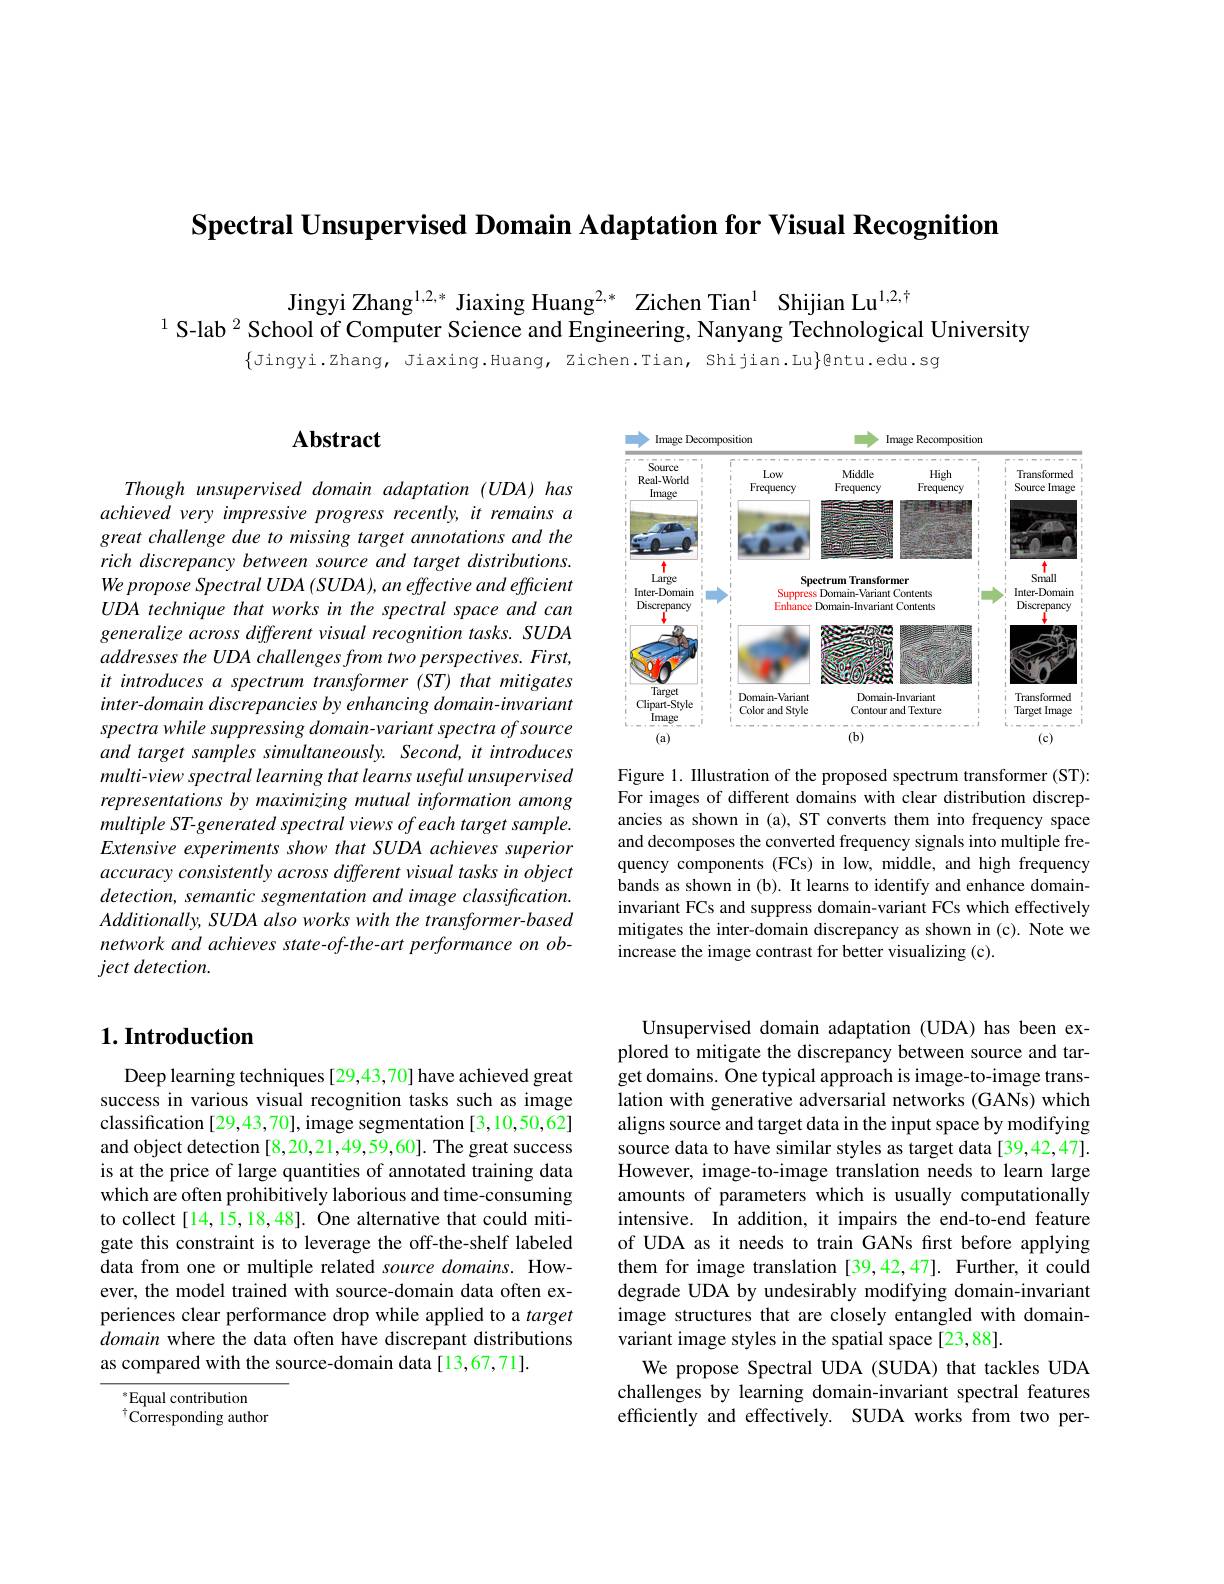
Spectral Unsupervised Domain Adaptation for Visual Recognition

Jingyi Zhang$^{1,2,*}$ Jiaxing Huang$^{2,*}$ Zichen Tian$^{1}$ Shijian Lu$^{1,2,\dagger}$
$^{1}$ S-lab $^2$ School of Computer Science and Engineering, Nanyang Technological University

$\{$Jingyi.zhang, Jiaxing.Huang, zichen.Tian, Shijian.Lu$\}$@ntu.edu.sg

# Abstract

Though unsupervised domain adaptation (UDA) has achieved very impressive progress recently, it remains a great challenge due to missing target annotations and the rich discrepancy between source and target distributions. We propose Spectral UDA (SUDA), an effective and efficient UDA technique that works in the spectral space and can generalize across different visual recognition tasks. SUDA addresses the UDA challenges from two perspectives. First, it introduces a spectrum transformer (ST) that mitigates inter-domain discrepancies by enhancing domain-invariant spectra while suppressing domain-variant spectra of source and target samples simultaneously. Second, it introduces multi-view spectral learning that learns useful unsupervised representations by maximizing mutual information among multiple ST-generated spectral views of each target sample. $Extensive\textit{ experiments show that SUDA achieves superior}$ accuracy consistently across different visual tasks in object detection, semantic segmentation and image classification. Additionally, SUDA also works with the transformer-based network and achieves state-of-the-art performance on object detection.

## $1. \textbf{Introduction}$

Deep learning techniques [29,43,70] have achieved great success in various visual recognition tasks such as image classification [29,43,70], image segmentation [3,10,50,62] and object detection [8,20,21,49,59,60]. The great success is at the price of large quantities of annotated training data which are often prohibitively laborious and time-consuming to collect[14,15,18,48]. One alternative that could mitigate this constraint is to leverage the off-the-shelf labeled data from one or multiple related source domains. However, the model trained with source-domain data often experiences clear performance drop while applied to a target domain where the data often have discrepant distributions as compared with the source-domain data[13,67,71].

$^*$Equal contribution $^{\dagger}\tilde{\mathrm{Corresponding~author}}$

<FigureHere>

Figure 1. Illustration of the proposed spectrum transformer (ST): For images of different domains with clear distribution discrepancies as shown in (a), ST converts them into frequency space and decomposes the converted frequency signals into multiple frequency components (FCs) in low, middle, and high frequency bands as shown in (b). It learns to identify and enhance domaininvariant FCs and suppress domain-variant FCs which effectively mitigates the inter-domain discrepancy as shown in (c). Note we increase the image contrast for better visualizing (c).

Unsupervised domain adaptation (UDA) has been explored to mitigate the discrepancy between source and target domains. One typical approach is image-to-image translation with generative adversarial networks (GANs) which aligns source and target data in the input space by modifying source data to have similar styles as target data [39,42,47]. However, image-to-image translation needs to learn large amounts of parameters which is usually computationally intensive. In addition, it impairs the end-to-end feature of UDA as it needs to train GANs first before applying them for image translation [39,42,47]. Further, it could degrade UDA by undesirably modifying domain-invariant image structures that are closely entangled with domainvariant image styles in the spatial space [23,88].
We propose Spectral UDA (SUDA) that tackles UDA challenges by learning domain-invariant spectral features efficiently and effectively. SUDA works from two per-